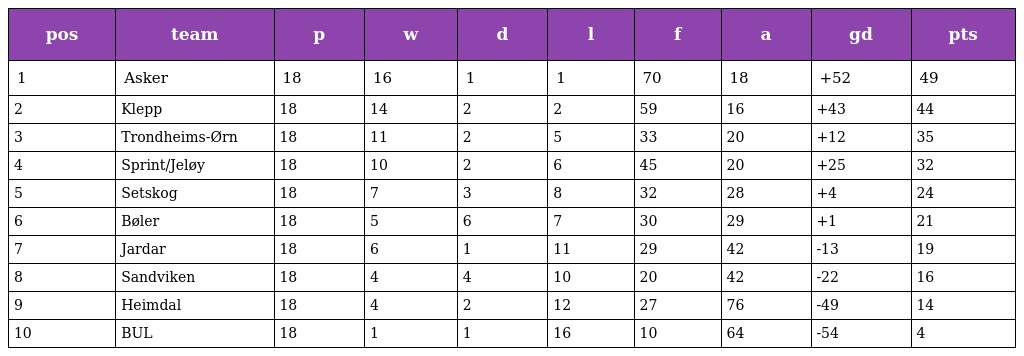
| pos | team | p | w | d | l | f | a | gd | pts |
 | --- | --- | --- | --- | --- | --- | --- | --- | --- | --- |
 | 1 | Asker | 18 | 16 | 1 | 1 | 70 | 18 | +52 | 49 |
 | 2 | Klepp | 18 | 14 | 2 | 2 | 59 | 16 | +43 | 44 |
 | 3 | Trondheims-Ørn | 18 | 11 | 2 | 5 | 33 | 20 | +12 | 35 |
 | 4 | Sprint/Jeløy | 18 | 10 | 2 | 6 | 45 | 20 | +25 | 32 |
 | 5 | Setskog | 18 | 7 | 3 | 8 | 32 | 28 | +4 | 24 |
 | 6 | Bøler | 18 | 5 | 6 | 7 | 30 | 29 | +1 | 21 |
 | 7 | Jardar | 18 | 6 | 1 | 11 | 29 | 42 | -13 | 19 |
 | 8 | Sandviken | 18 | 4 | 4 | 10 | 20 | 42 | -22 | 16 |
 | 9 | Heimdal | 18 | 4 | 2 | 12 | 27 | 76 | -49 | 14 |
 | 10 | BUL | 18 | 1 | 1 | 16 | 10 | 64 | -54 | 4 |